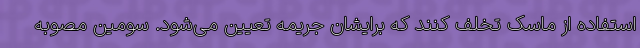
استفاده از ماسک تخلف کنند که برایشان جریمه تعیین می‌شود. سومین مصوبه